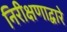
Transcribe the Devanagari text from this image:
निरीक्षणाद्वारे